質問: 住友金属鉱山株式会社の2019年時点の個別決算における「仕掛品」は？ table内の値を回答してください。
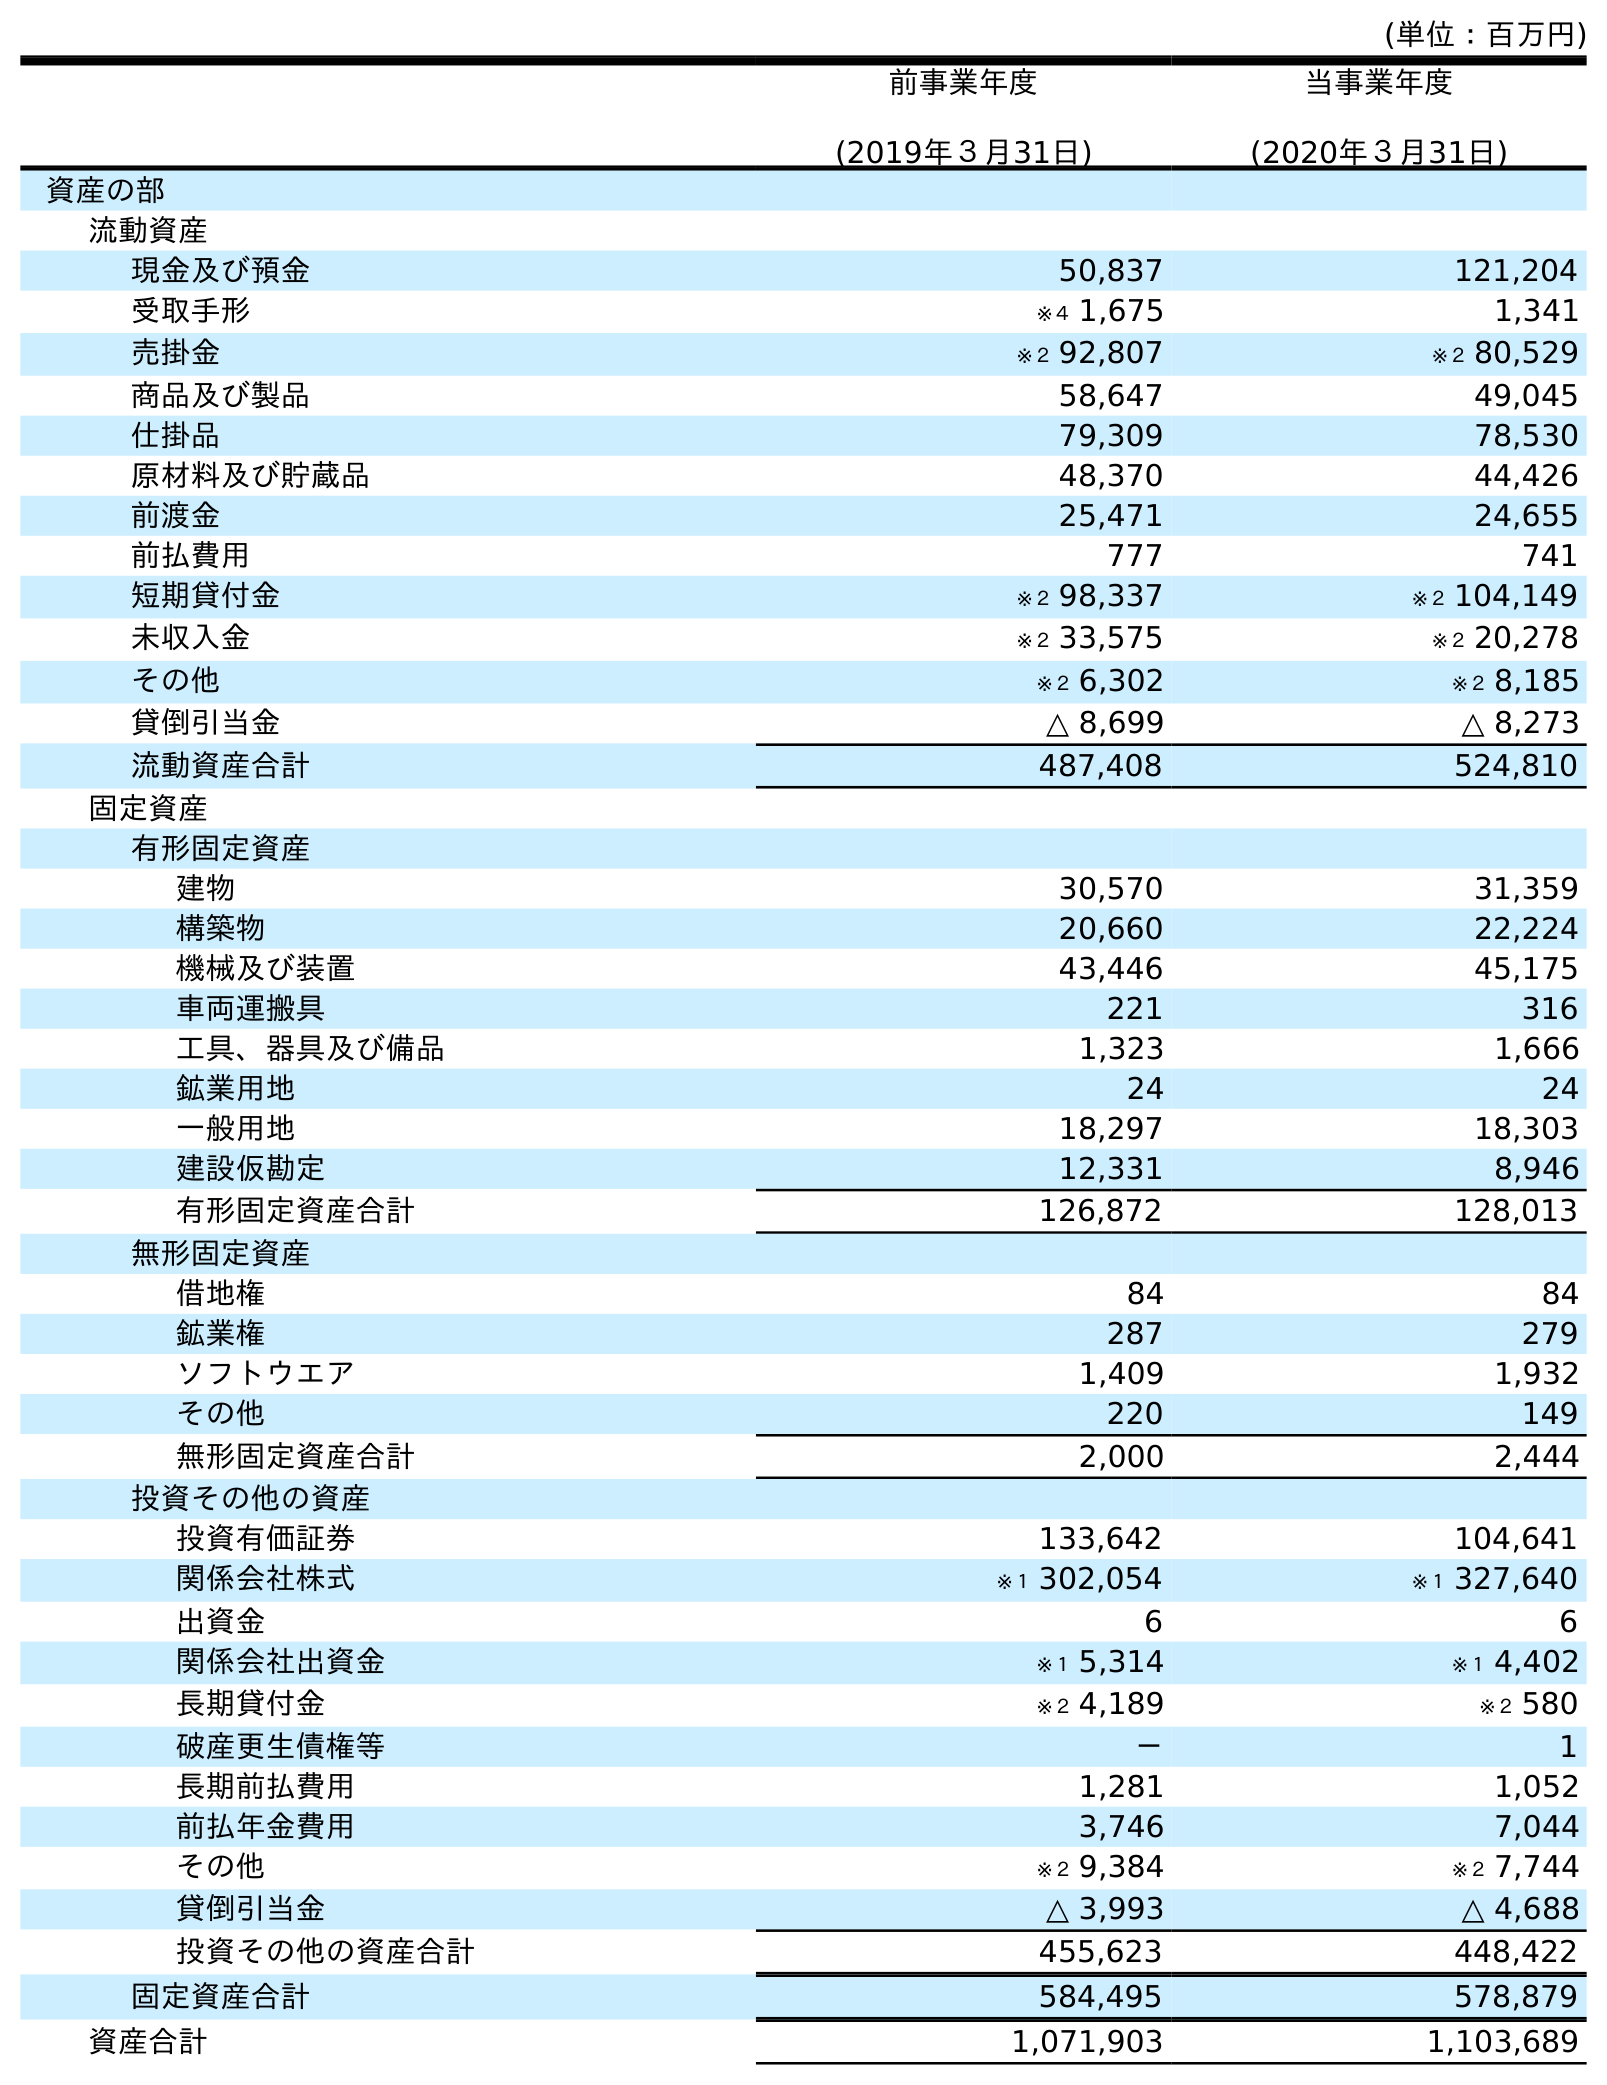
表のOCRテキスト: (単位：百万円) 前事業年度 (2019年３月31日) 当事業年度 (2020年３月31日) 資産の部 流動資産 現金及び預金 50,837 121,204 受取手形 ※４ 1,675 1,341 売掛金 ※２ 92,807 ※２ 80,529 商品及び製品 58,647 49,045 仕掛品 79,309 78,530 原材料及び貯蔵品 48,370 44,426 前渡金 25,471 24,655 前払費用 777 741 短期貸付金 ※２ 98,337 ※２ 104,149 未収入金 ※２ 33,575 ※２ 20,278 その他 ※２ 6,302 ※２ 8,185 貸倒引当金 △ 8,699 △ 8,273 流動資産合計 487,408 524,810 固定資産 有形固定資産 建物 30,570 31,359 構築物 20,660 22,224 機械及び装置 43,446 45,175 車両運搬具 221 316 工具、器具及び備品 1,323 1,666 鉱業用地 24 24 一般用地 18,297 18,303 建設仮勘定 12,331 8,946 有形固定資産合計 126,872 128,013 無形固定資産 借地権 84 84 鉱業権 287 279 ソフトウエア 1,409 1,932 その他 220 149 無形固定資産合計 2,000 2,444 投資その他の資産 投資有価証券 133,642 104,641 関係会社株式 ※１ 302,054 ※１ 327,640 出資金 6 6 関係会社出資金 ※１ 5,314 ※１ 4,402 長期貸付金 ※２ 4,189 ※２ 580 破産更生債権等 － 1 長期前払費用 1,281 1,052 前払年金費用 3,746 7,044 その他 ※２ 9,384 ※２ 7,744 貸倒引当金 △ 3,993 △ 4,688 投資その他の資産合計 455,623 448,422 固定資産合計 584,495 578,879 資産合計 1,071,903 1,103,689
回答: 79,309